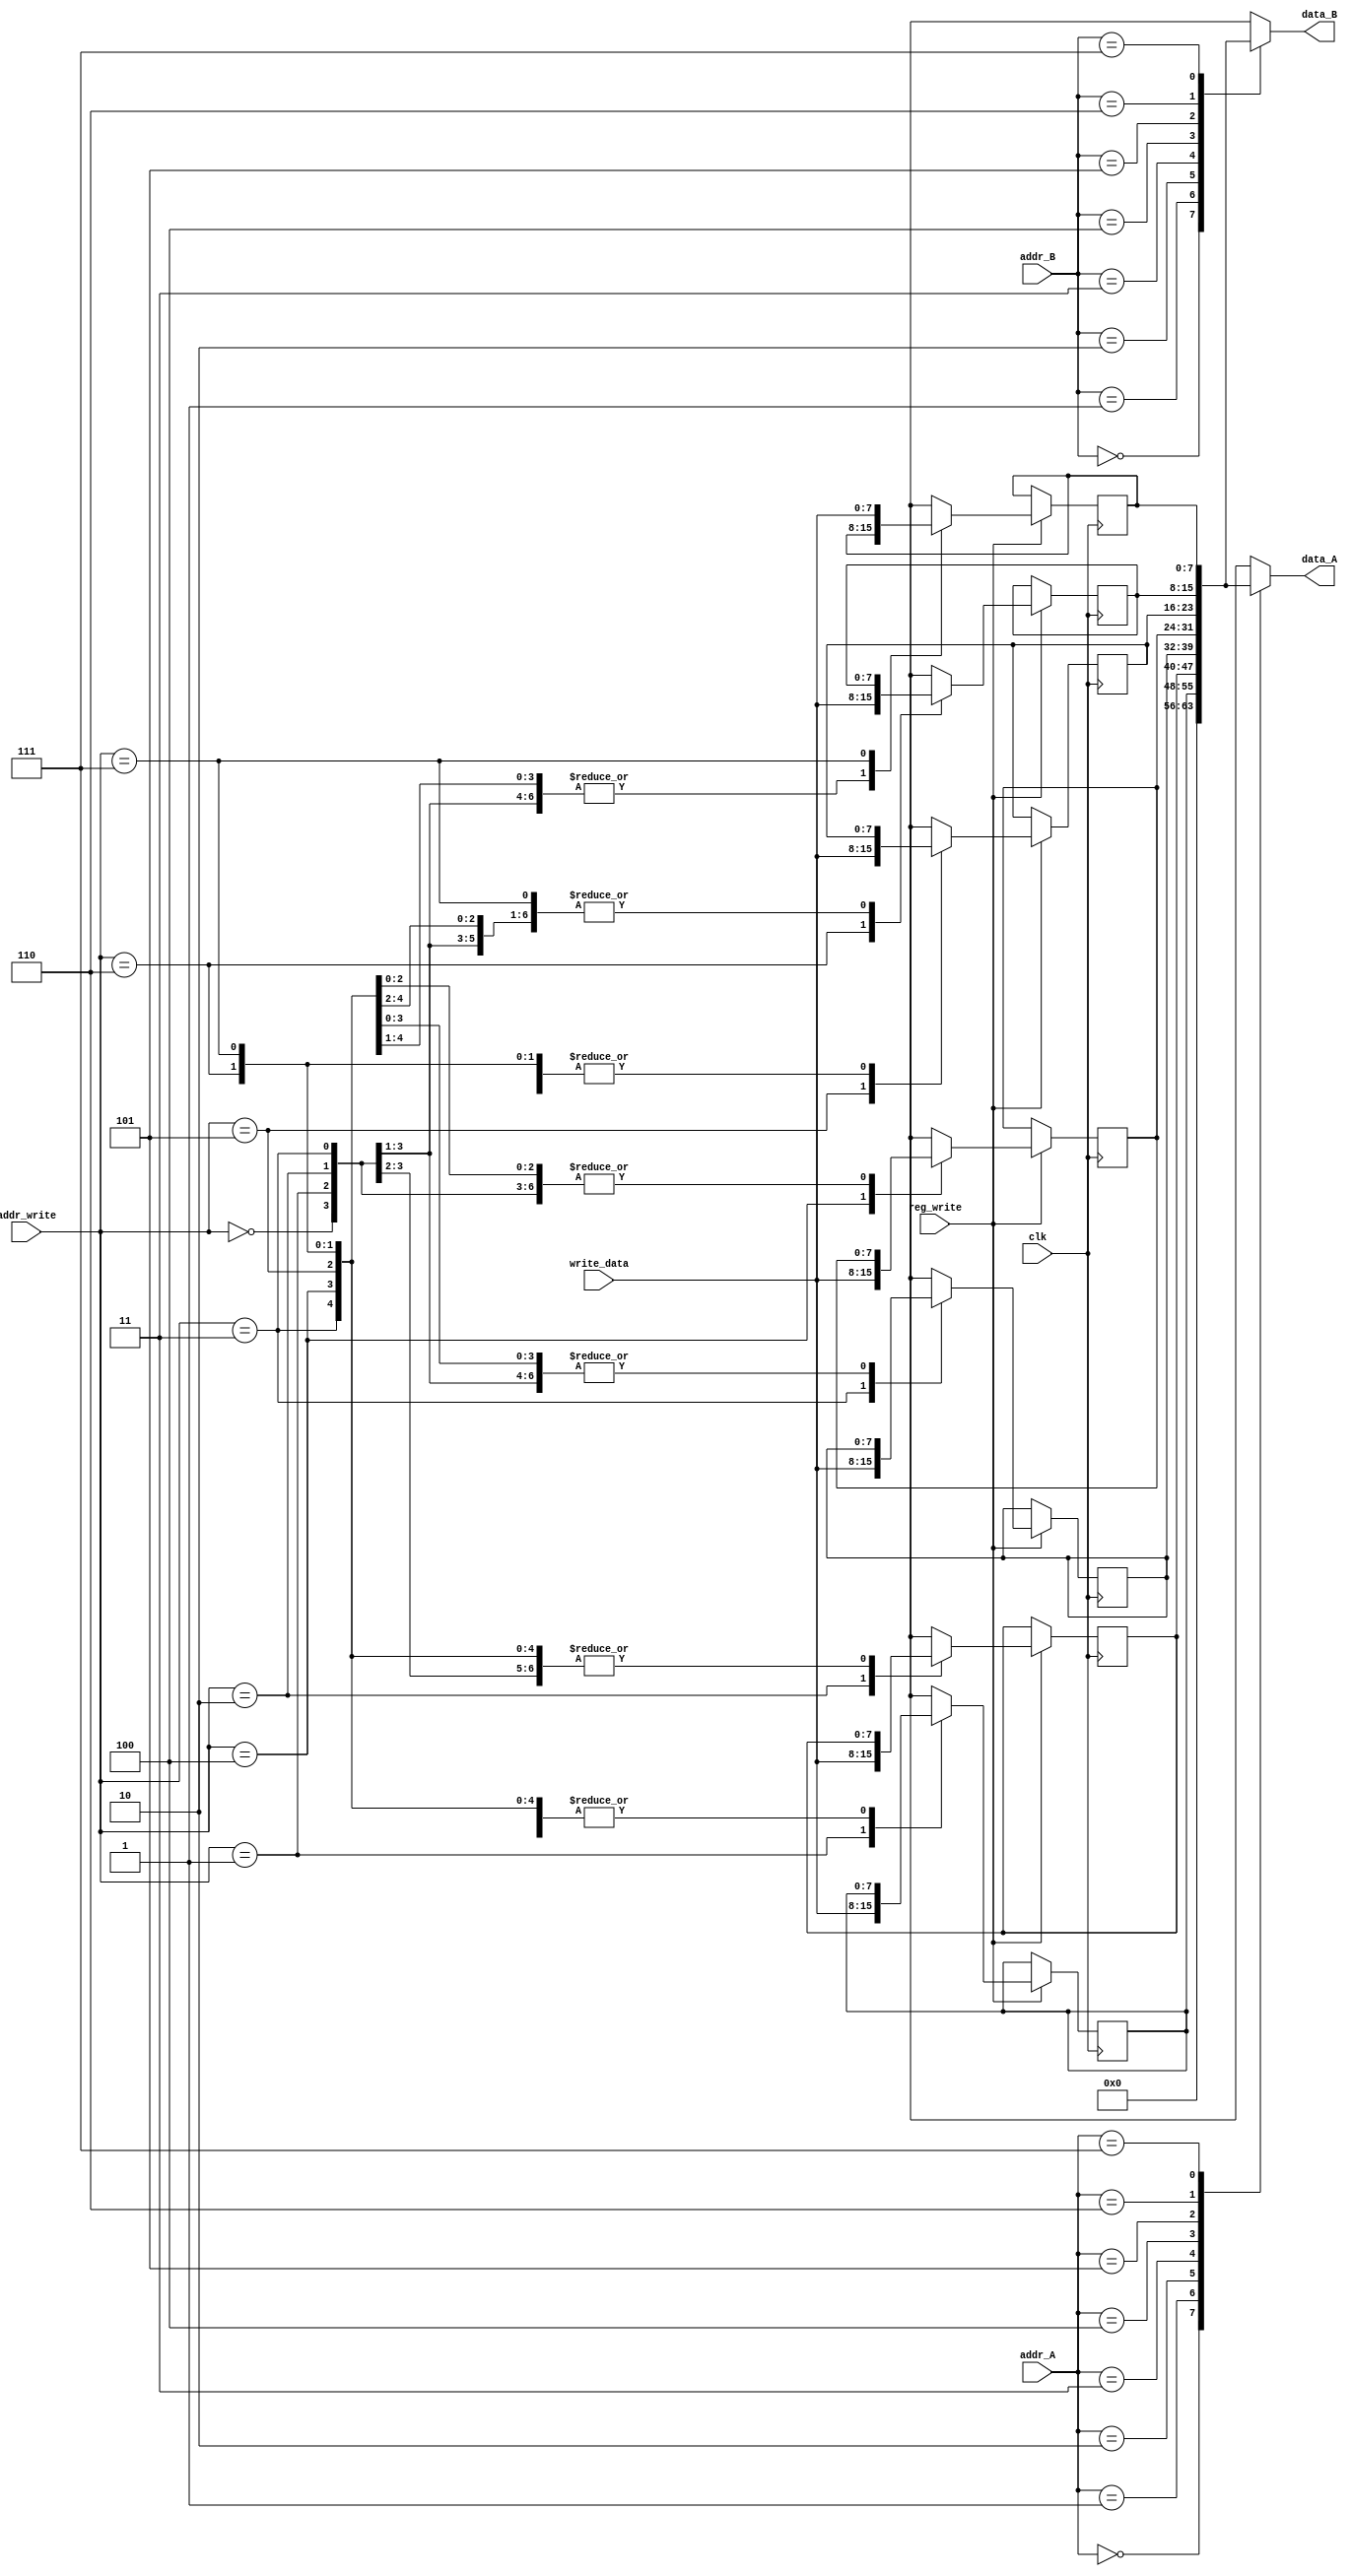
module RegFile(input clk, reg_write, input [2:0] addr_A, addr_B, addr_write ,
						input [7:0] write_data, output reg [7:0] data_A, data_B);

	reg [7:0] registers [7:0];
	
	always@(*) begin //chon bayad be maghadir reg (ya masalan signal write) ham alave bar addr_A , addr_B hassas bashe chon momkene rush write she!!!
		registers[0] = 8'b0;
		data_A = registers[addr_A];
		data_B = registers[addr_B];
	end
	
	always@(posedge clk) begin
		if(reg_write) 
			registers[addr_write] = write_data;
		registers[0] = 8'b0;
	end
endmodule
/*
module test_reg_file();
	reg clk = 0, reg_write;
	reg [2:0] addr_A, addr_B, addr_write;
	reg [7:0] write_data;
	wire [7:0]	data_A, data_B;
	
	RegFile rg(clk, reg_write, addr_A, addr_B, addr_write, write_data, data_A, data_B);
	initial repeat(20) #5 clk = ~clk;
	
	initial begin
	addr_A = 0;
	addr_B = 0;
	addr_write = 3'b100;
	reg_write = 1'b1;
	write_data = 8'd5;
	#10 addr_A = 3'b100;
	addr_write = 3'b0;
	reg_write = 1'b1;
	write_data = 8'd5;
	#11 reg_write =  1'b0;
	addr_write = 3'b001;
	write_data = 8'd3;
	addr_A = 3'b001;
	#20 $stop;
	end
endmodule*/